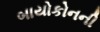
બાયોકોનની